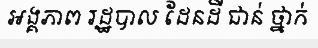
អង្គភាព រដ្ឋបាល ដែនដី ជាន់ ថ្នាក់